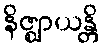
နိဇ္ဈာယန္တိ